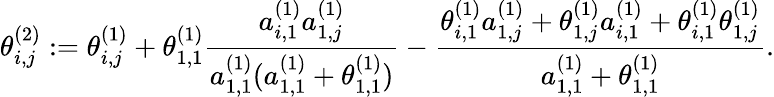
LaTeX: \theta_{i,j}^{(2)}:=\theta_{i,j}^{(1)}+\theta_{1,1}^{(1)}\frac{a_{i,1}^{(1)}a_{1,j}^{(1)}}{a_{1,1}^{(1)}(a_{1,1}^{(1)}+\theta_{1,1}^{(1)})}-\frac{\theta_{i,1}^{(1)}a_{1,j}^{(1)}+\theta_{1,j}^{(1)}a_{i,1}^{(1)}+\theta_{i,1}^{(1)}\theta_{1,j}^{(1)}}{a_{1,1}^{(1)}+\theta_{1,1}^{(1)}}.